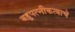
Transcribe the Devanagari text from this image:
बहुपत्‍नीकत्वाचे